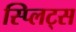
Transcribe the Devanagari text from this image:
स्प्लिट्स